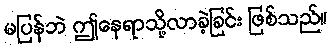
မပြန်ဘဲ ဤနေရာသို့လာခဲ့ခြင်း ဖြစ်သည်။